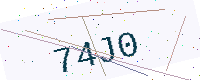
Text: 74J0